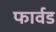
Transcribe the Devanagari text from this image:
फार्वड